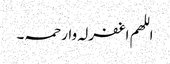
اللھم اغفرلہ وارحمہ۔